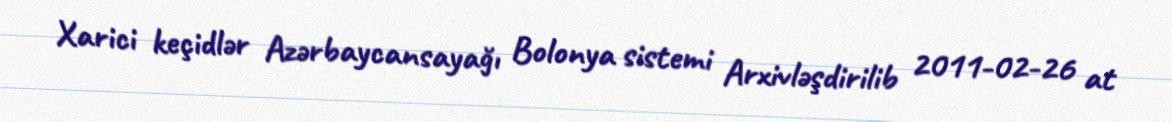
Xarici keçidlər Azərbaycansayağı Bolonya sistemi Arxivləşdirilib 2011-02-26 at